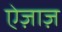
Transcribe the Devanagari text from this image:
ऐज़ाज़